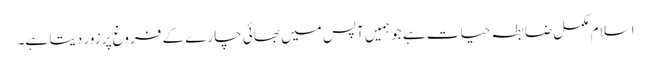
اسلام مکمل ضابطہ حیات ہے جو ہمیں آپس میں بھائی چارے کے فروغ پر زور دیتا ہے۔